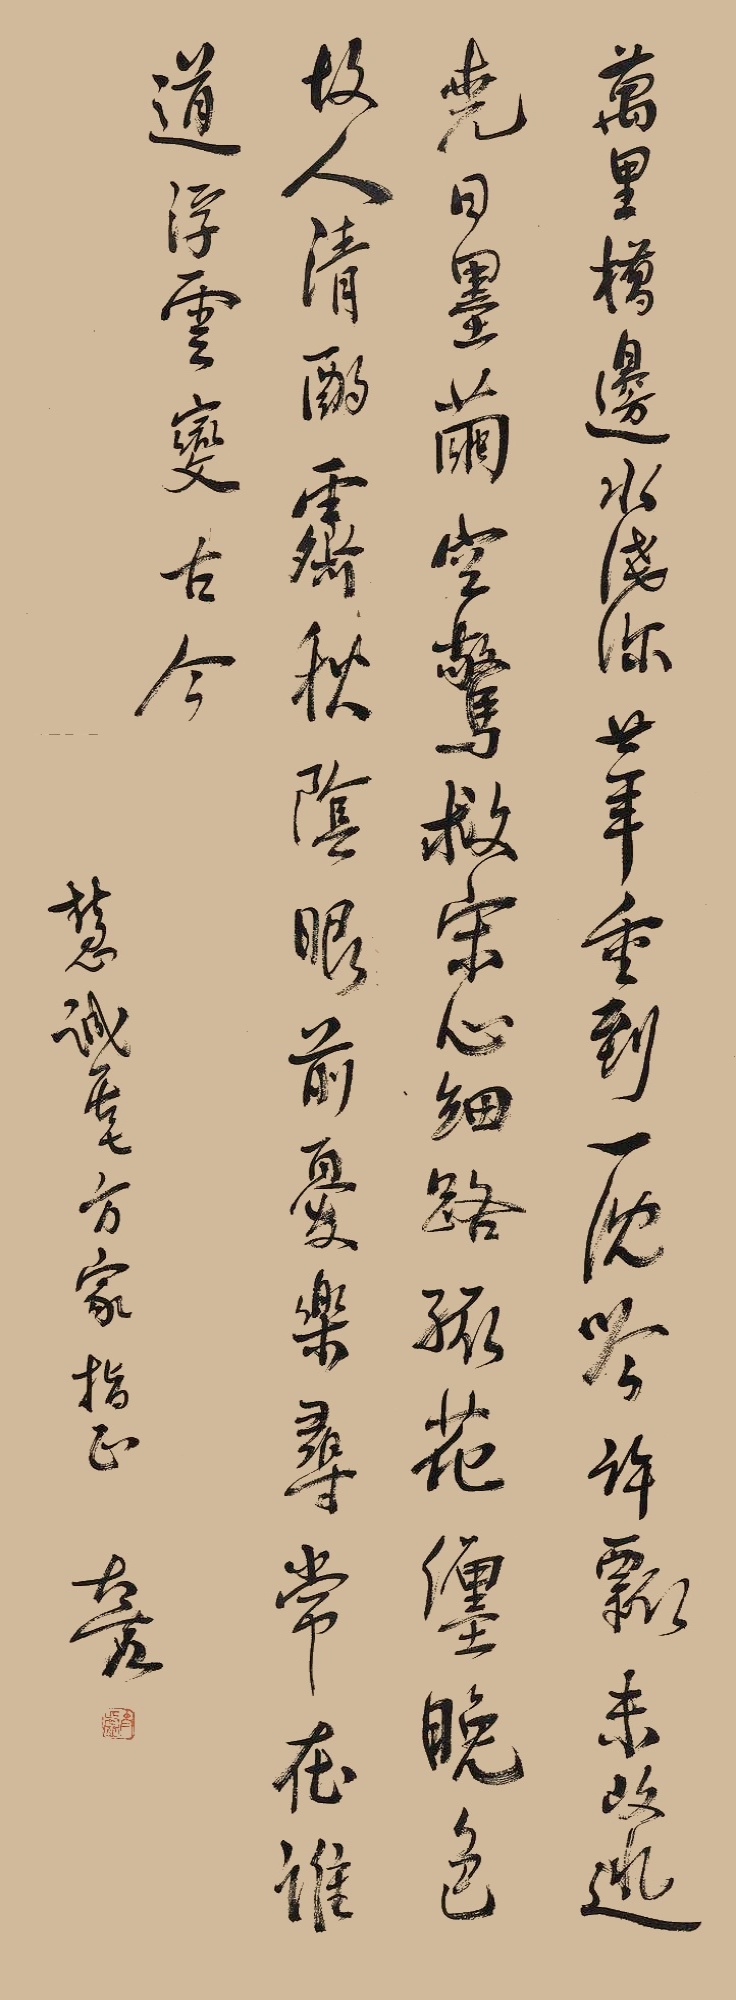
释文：万里桥边水浅深，廿年重到一沈吟。许瓢未改逃尧日，墨茧空惊救宋心。细路孤花缠晚色，故人清浊霁秋阴。眼前尤乐寻常在，谁道浮云变古今。慧诚居士方家指正，太虚。